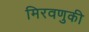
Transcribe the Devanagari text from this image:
मिरवणुकी